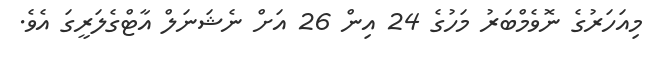
މިއަހަަރުގެ ނޮވެމްބަރު މަހުގެ 24 އިން 26 އަށް ނެޝަނަލް އާޓްގެލަރީގަ އެވެ.